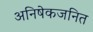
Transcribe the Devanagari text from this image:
अनिषेकजनित